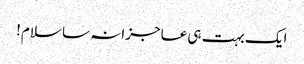
ایک بہت ہی عاجزانہ سا سلام!